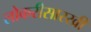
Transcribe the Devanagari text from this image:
लोकरीसारखी